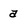
Character: a